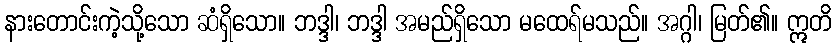
နားတောင်းကဲ့သို့သော ဆံရှိသော။ ဘဒ္ဒါ၊ ဘဒ္ဒါ အမည်ရှိသော မထေရ်မသည်။ အဂ္ဂါ၊ မြတ်၏။ ဣတိ